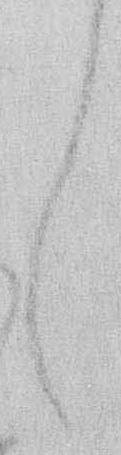
し